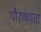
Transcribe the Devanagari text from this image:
पौरुषेयता